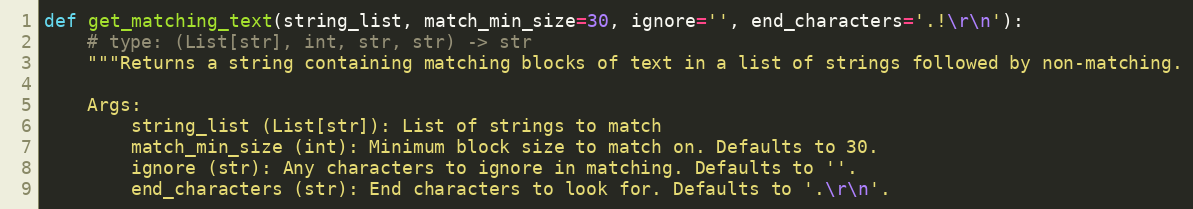
Language: Python
def get_matching_text(string_list, match_min_size=30, ignore='', end_characters='.!\r\n'):
    # type: (List[str], int, str, str) -> str
    """Returns a string containing matching blocks of text in a list of strings followed by non-matching.

    Args:
        string_list (List[str]): List of strings to match
        match_min_size (int): Minimum block size to match on. Defaults to 30.
        ignore (str): Any characters to ignore in matching. Defaults to ''.
        end_characters (str): End characters to look for. Defaults to '.\r\n'.